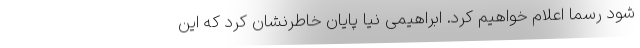
شود رسما اعلام خواهیم کرد. ابراهیمی نیا پایان خاطرنشان کرد که این